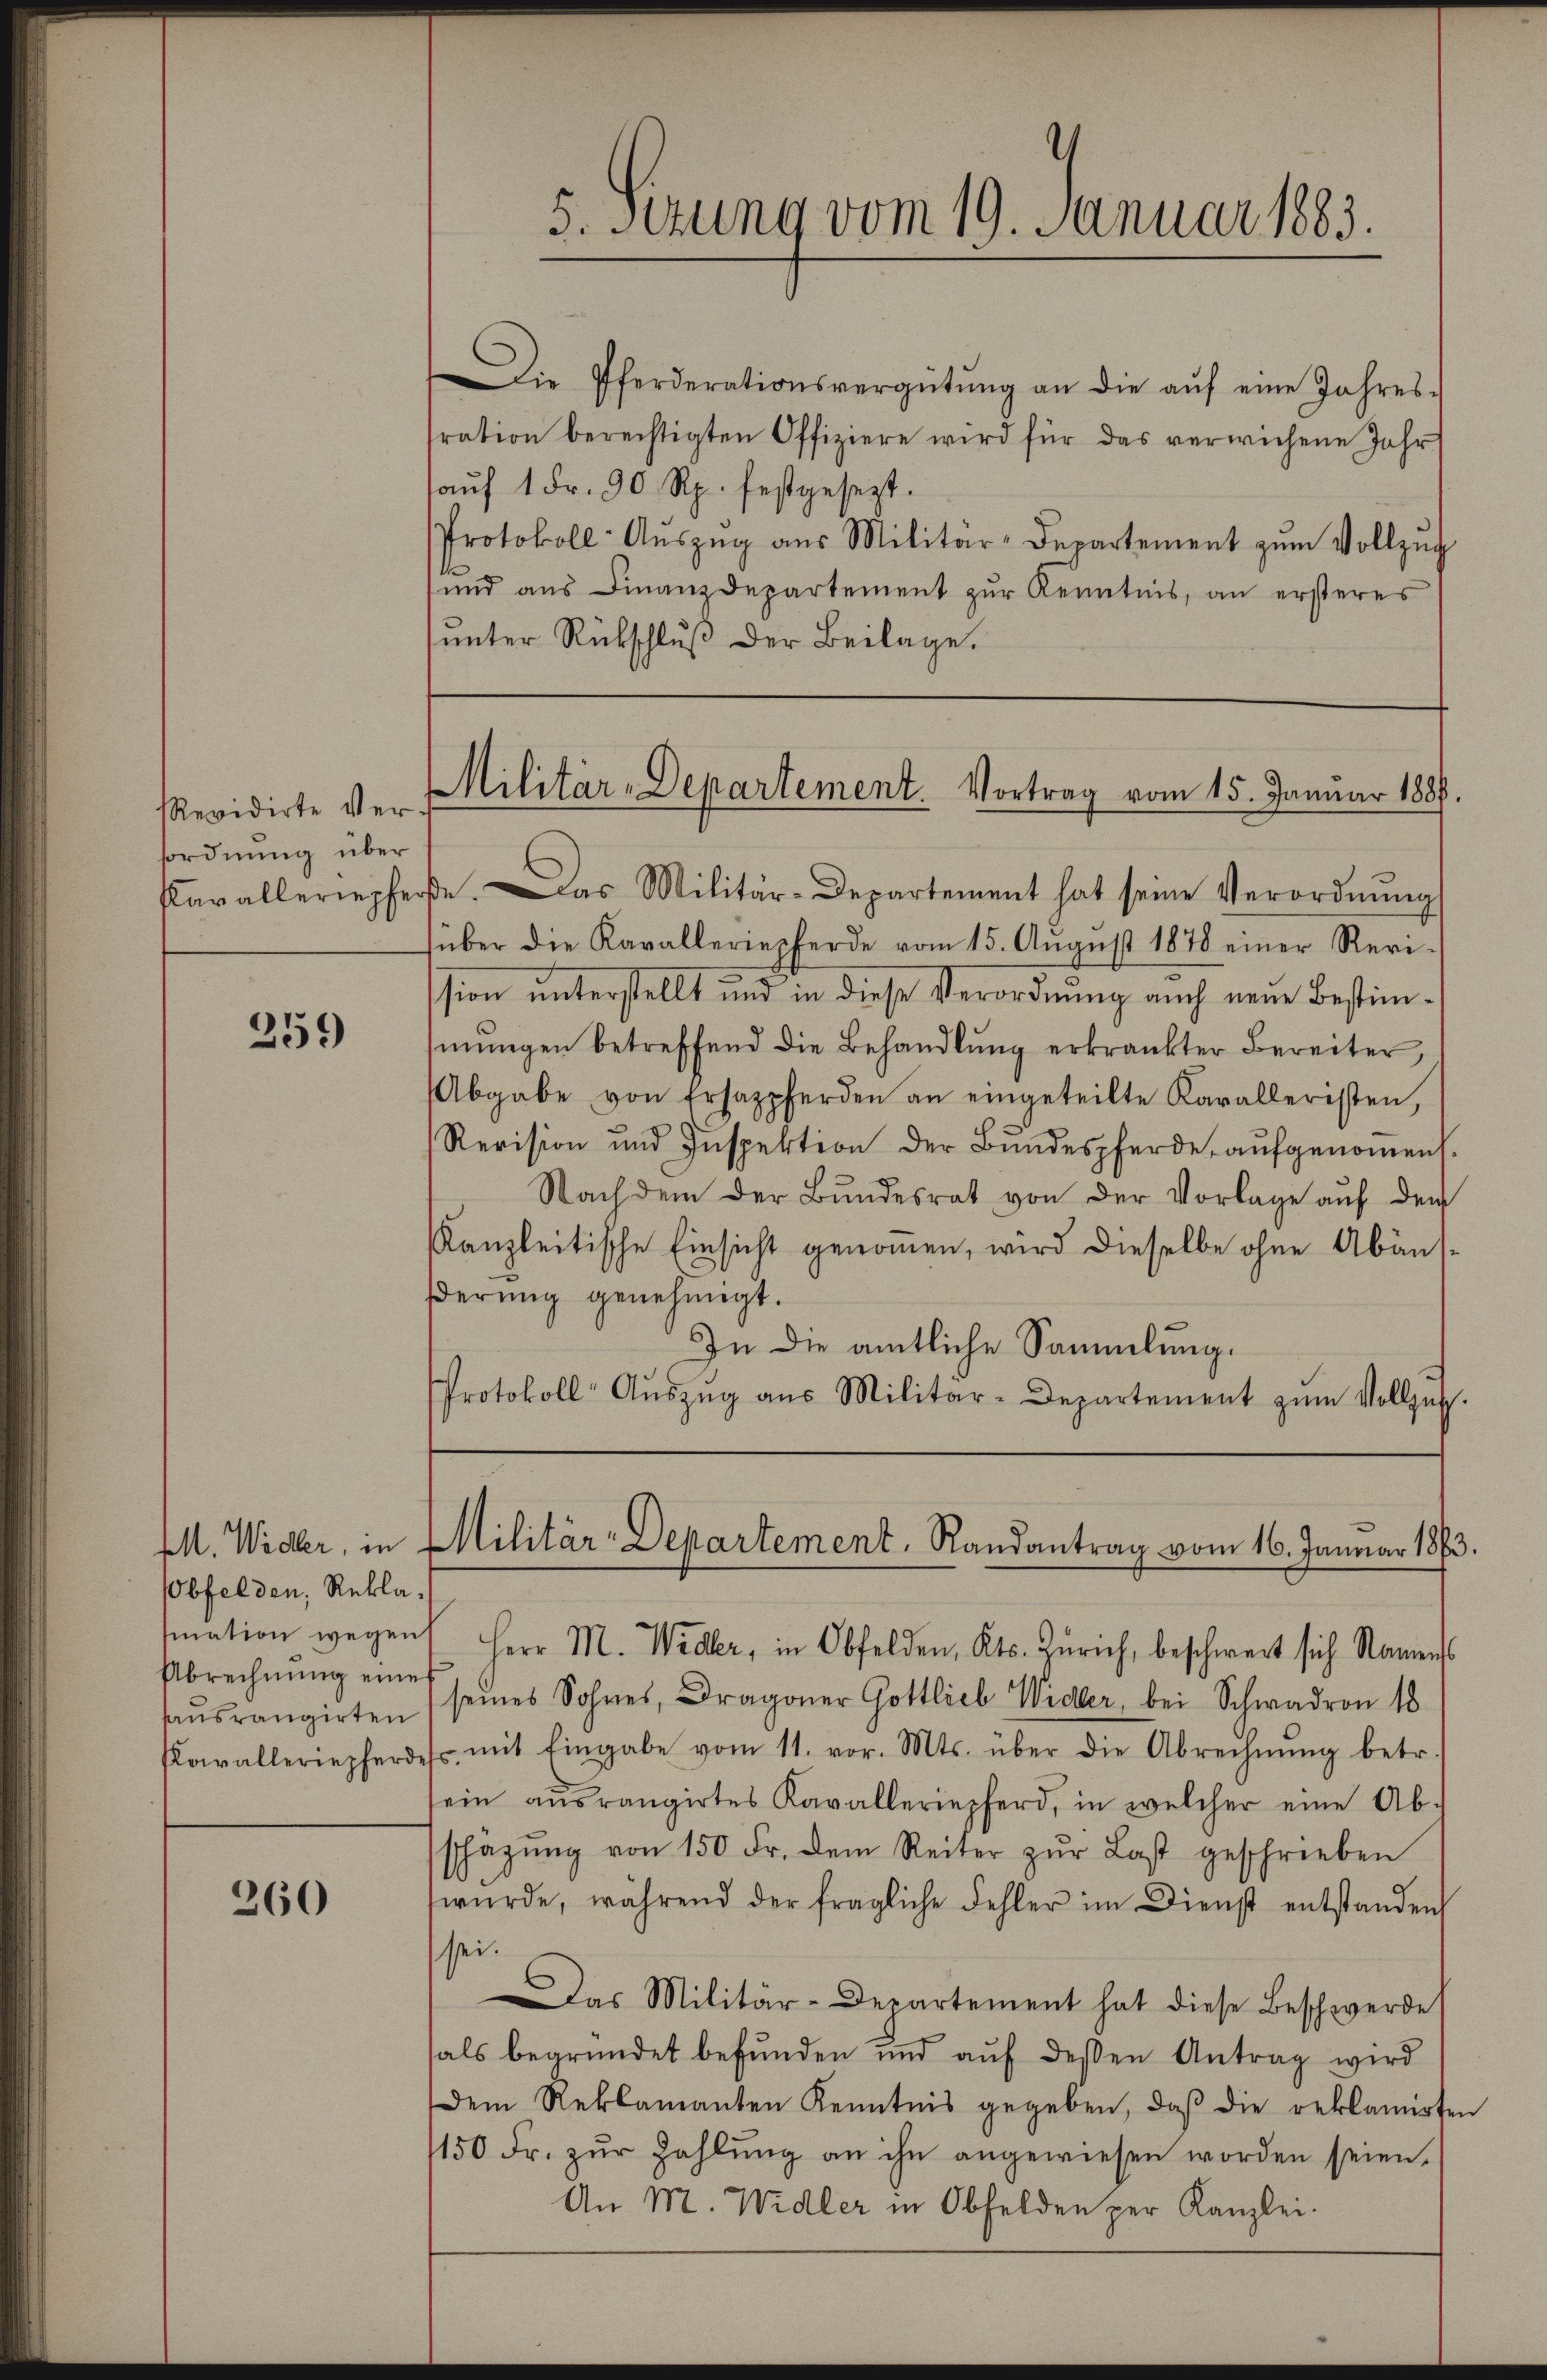
Revidirte Versordnung über
Kavalleriepfe

259

MM. Wider, in
Obfelden, Rekla¬
Abrechnung eine
hausrangirten

260

5. Sezung vom 19. Januar 1883.

Die Pferderationsvergütŭng an die aŭf eine Jahres-
ration berechtigten Offiziere wird für das verwichene Jahr
aŭf 1 Fr. 90 Rp. festgesezt.
Protokoll- Aŭszŭg aŭs Militär-Departement zŭm Vollzŭg
und ans Finanzdepartement zŭr Kenntnis, an ersteres
ŭnter Rückschlŭβ der Beilage.

Militär-Departement. Vortrag vom 15. Januar 1889.

e. Das Militär-Departement hat seine Verordnŭng
über die Kavalleriepferde vom 15. Aŭgŭst 1878 einer Revi-
ssion unterstellt und in diese Verordnung auch neue Bestimmŭngen betreffend die Behandlŭng erkrankter Bereiter,
Abgabe von Ersazpferden an eingeteilte Karalleristen,
Revision und Inspektion der Bundespferde, aufgenommen.
Nachdem der Bŭndesrat von der Vorlage auf den
Kanzleitische Einsicht genommen, wird dieselbe ohne Abänsderung genehmigt.
In die amtliche Sammlung.
Protokoll- Aŭszŭg aŭs Militar-Departement zŭm Vollzŭg.

Militär-Departement, Randantrag vom 16. Januar 1883.

sation wegen Herr M. Wider, in Obfelden, Kts. Zürich, beschwert sich Namens
seines Sohnes, Dragoner Gottlieb Widler, bei Schwadron 18
Kavalleriepferdes, mit Eingabe vom 11. vor. Mts. über die Abrechnŭng betr.
sein aŭsrangirtes Kavalleriepferd, in welcher eine Ab-
schäzŭng von 150 Fr. dem Reiter zŭr Last geschrieben
wŭrde, während der fragliche Fehler im Dienst entstanden
sei.
Das Militär-Departement hat diese Beschwerde
als begründet befŭnden und aŭf dessen Antrag wird
Dem Reklamanten Kenntnis gegeben, daβ die reklamirten
1150 Fr. zŭr Zahlŭng an ihn angewiesen worden seien.
An M. Widler in Obfelden per Kanzlei.